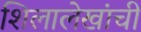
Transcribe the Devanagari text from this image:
शिलालेखांची